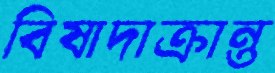
বিষাদাক্রান্ত